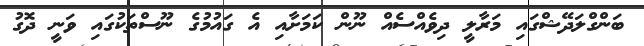
ބަންގްލަދޭޝްގައި މަރާލީ ދިވެއްސެއް ނޫން ކަމަށާއި އެ ގައުމުގެ ނޫސްތަކުގައި ވަނީ ދޮގު